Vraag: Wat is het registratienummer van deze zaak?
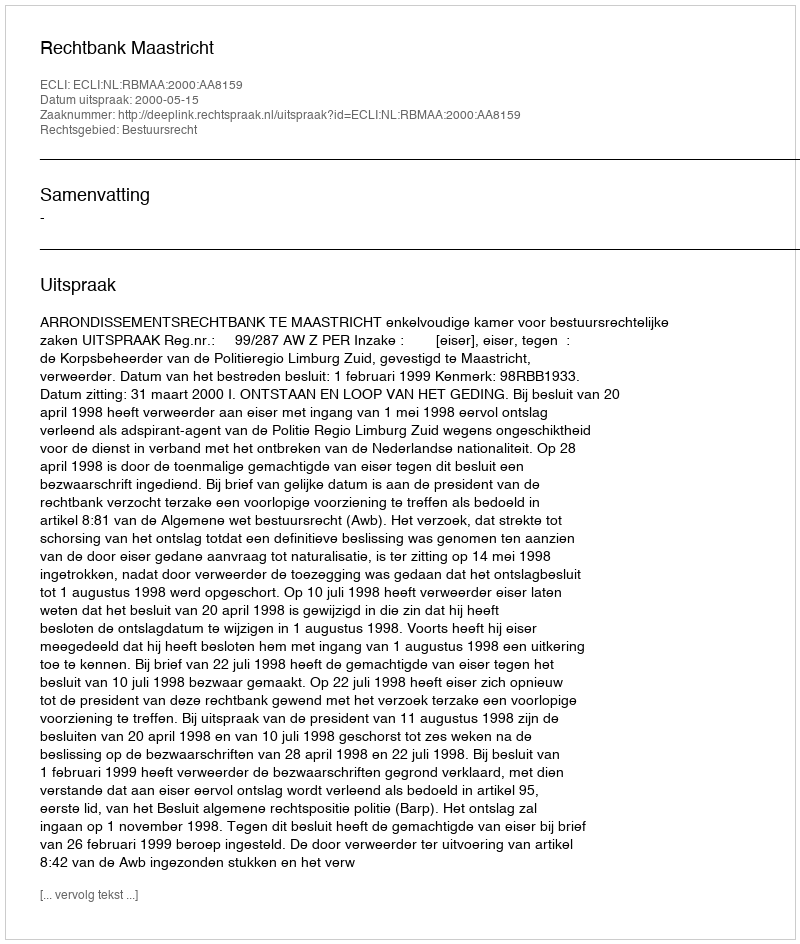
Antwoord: http://deeplink.rechtspraak.nl/uitspraak?id=ECLI:NL:RBMAA:2000:AA8159